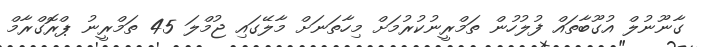
ގާނޫނުލް އުގޫބާތައް ފުލުހުން ތަމްރީނުކުރުމަށް މިހާތަނަށް މާލޭގައި ޖުމްލަ 45 ތަމްރީނު ޕްރޮގްރާމް